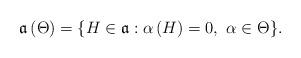
LaTeX: \begin{align*}\mathfrak{a}\left( \Theta \right) =\{H\in \mathfrak{a}:\alpha \left(H\right) =0,~\alpha \in \Theta \}. \end{align*}